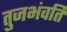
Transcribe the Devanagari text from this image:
तुजभंवति